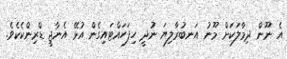
އެ ނޫން ދިމާލަކަށް މޫނު އަނބުރާލިޔަ ނުދީ ހިފަހައްޓައިގެން އުޅޭ އެނާޖީ ޑްރިންކެކެވެ.